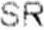
SR